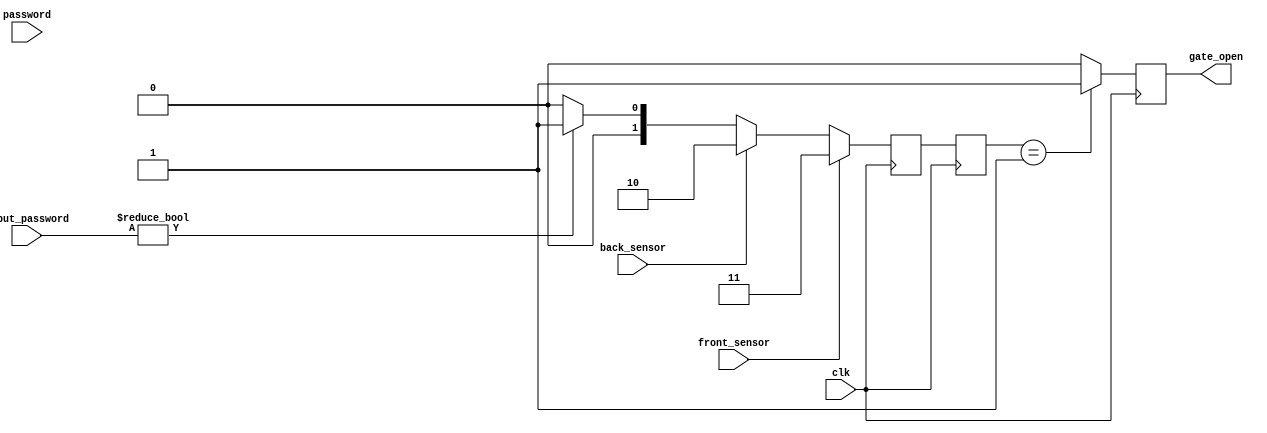
module car_parking_system(clk,front_sensor,back_sensor, password,input_password,gate_open);
input clk,front_sensor,back_sensor;
input  [3:0] password;
input [3:0] input_password;
    output reg gate_open;
parameter IDLE = 2'b00, PASSWORD_VERIFIED = 2'b01,  CAR_EXIT = 2'b10, WAIT_FOR_PASSWORD = 2'b11;
reg [1:0] state, next_state;
     // logic [2:0] state{IDLE,WAIT_FOR_PASSWORD,PASSWORD_VERIFIED,CAR_EXIT}state, next_state;

    always @(posedge clk)
 begin
        if (front_sensor)
            next_state <= WAIT_FOR_PASSWORD;
        else if (back_sensor)
            next_state <= CAR_EXIT;
        else if (input_password != 4'b0000)
            next_state <= PASSWORD_VERIFIED;
        else
            next_state <= IDLE;
    end

    always @(posedge clk) begin
        if (front_sensor)
            state <= next_state;
        else if (back_sensor)
            state <= next_state;
        else if (input_password != 4'b0000)
            state <= next_state;
        else
            state <= next_state;
    end

    always @(posedge clk) begin
        if (state == PASSWORD_VERIFIED)
            gate_open <= 1'b1;
        else
            gate_open <= 1'b0;
    end

endmodule